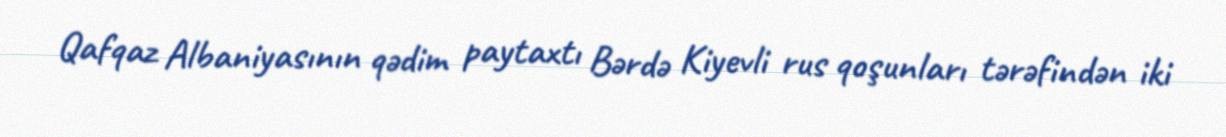
Qafqaz Albaniyasının qədim paytaxtı Bərdə Kiyevli rus qoşunları tərəfindən iki